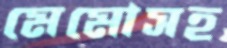
মেমোসহ